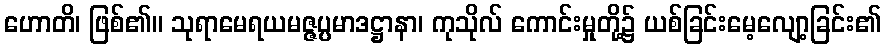
ဟောတိ၊ ဖြစ်၏။ သုရာမေရယမဇ္ဇပ္ပမာဒဋ္ဌာနာ၊ ကုသိုလ် ကောင်းမှုတို့၌ ယစ်ခြင်းမေ့လျော့ခြင်း၏